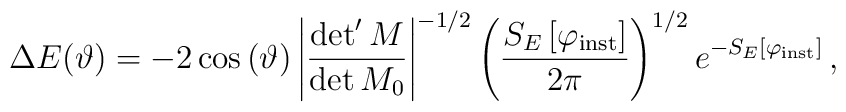
\Delta E(\vartheta )=-2\cos \left( \vartheta \right) \left| \frac{\det 'M}{\det M_{0}}\right| ^{-1/2}\left( \frac{S_{E}\left[ \varphi _{\mathrm{inst}}\right] }{2\pi }\right) ^{1/2}e^{-S_{E}\left[ \varphi _{\mathrm{inst}}\right] }\,,